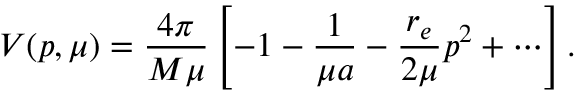
V ( p , \mu ) = { \frac { 4 \pi } { M \mu } } \left[ - 1 - { \frac { 1 } { \mu a } } - { \frac { r _ { e } } { 2 \mu } } p ^ { 2 } + \cdots \right] .